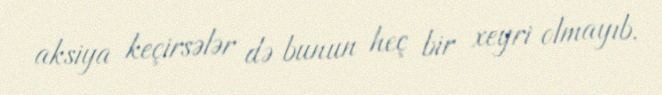
aksiya keçirsələr də bunun heç bir xeyri olmayıb.